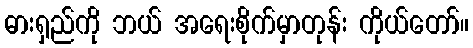
ဓားရှည်ကို ဘယ် အရေးစိုက်မှာတုန်း ကိုယ်တော်။